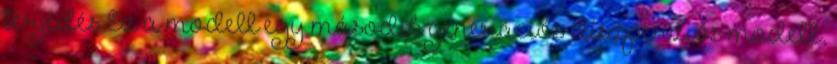
terjedés Ez a modell egy második generációs diszperziós modell,